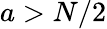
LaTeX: a>N/2